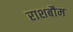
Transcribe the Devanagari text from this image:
राशबौम